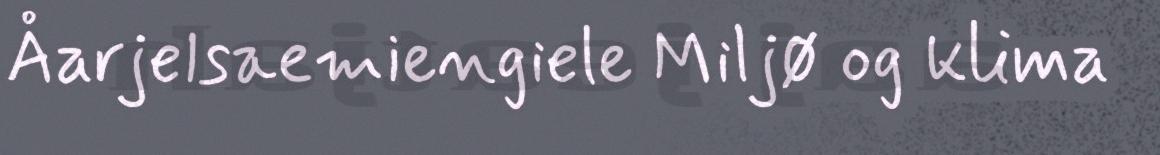
Åarjelsaemiengiele Miljø og klima